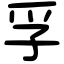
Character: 孚